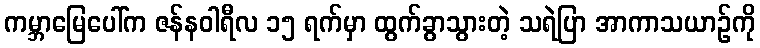
ကမ္ဘာမြေပေါ်က ဇန်နဝါရီလ ၁၅ ရက်မှာ ထွက်ခွာသွားတဲ့ သရဲပြာ အာကာသယာဉ်ကို